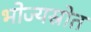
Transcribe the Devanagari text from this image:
भोज्यस्रोत